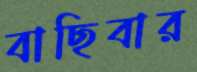
বাছিবার